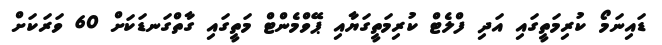
ޑައިނަމޯ ކުރިމަތީގައި އަދި ފްލެޓް ކުރިމަތީގަޔާއި ޕޭވްމެންޓް މަތީގައި ގާތްގަނޑަކަށް 60 ވަރަކަށް